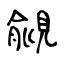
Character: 覦